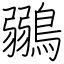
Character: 鶸